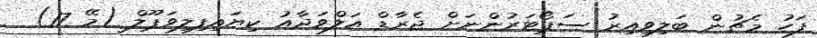
ފަހު މެޗުން ބަލިވިއިރު ސަޕޯޓަރުންނަށް ޖެރާޑް އަލްވަދާއު ކިޔައިފިލިވަޕޫލް (މޭ 17)